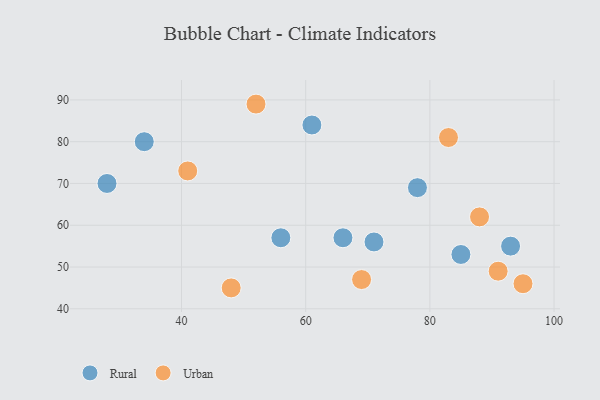
{"axis": {"x": "GDP", "y": "Life Expectancy"}, "legend": ["Rural", "Urban"], "data": [{"x": "34", "y": 80, "type": "Rural"}, {"x": "28", "y": 70, "type": "Rural"}, {"x": "78", "y": 69, "type": "Rural"}, {"x": "93", "y": 55, "type": "Rural"}, {"x": "61", "y": 84, "type": "Rural"}, {"x": "56", "y": 57, "type": "Rural"}, {"x": "66", "y": 57, "type": "Rural"}, {"x": "71", "y": 56, "type": "Rural"}, {"x": "85", "y": 53, "type": "Rural"}, {"x": "95", "y": 46, "type": "Urban"}, {"x": "91", "y": 49, "type": "Urban"}, {"x": "88", "y": 62, "type": "Urban"}, {"x": "69", "y": 47, "type": "Urban"}, {"x": "48", "y": 45, "type": "Urban"}, {"x": "83", "y": 81, "type": "Urban"}, {"x": "52", "y": 89, "type": "Urban"}, {"x": "41", "y": 73, "type": "Urban"}]}